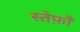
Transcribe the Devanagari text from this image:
स्तेफ़ाँ